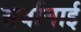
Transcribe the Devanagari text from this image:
सर्वानाई